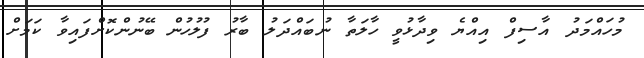
މުހައްމަދު އާސިފް އިއްޔެ ވިދާޅުވީ ހާލަތާ ނުބައްދަލު ބާރު ފުލުހުން ބޭނުންކޮށްފައިވާ ކަމަށް